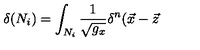
\delta ( N _ { i } ) = \int _ { N _ { i } } \frac 1 { \sqrt { g _ { x } } } \delta ^ { n } ( \vec { x } - \vec { z }